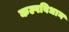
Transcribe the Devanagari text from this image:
कल्पविधान